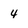
Character: 4